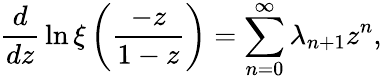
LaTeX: {\frac{d}{dz}}\ln\xi\left({\frac{-z}{1-z}}\right)=\sum_{n=0}^{\infty}\lambda_{n+1}z^{n},